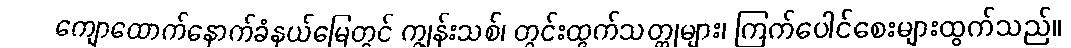
ကျောထောက်နောက်ခံနယ်မြေတွင် ကျွန်းသစ်၊ တွင်းထွက်သတ္တုများ၊ ကြက်ပေါင်စေးများထွက်သည်။